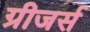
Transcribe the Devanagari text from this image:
ग्रीजर्स